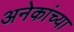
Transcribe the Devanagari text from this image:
अनेकांच्‍या